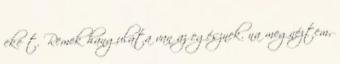
eke t. Remek hangulata van az egésznek. na megnéztem,